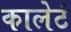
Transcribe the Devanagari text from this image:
कालेटं